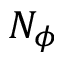
N _ { \phi }